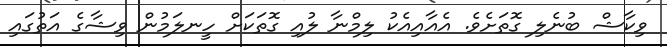
ވިކާޝް ބުނެލި ގޮތަށެވެ. އެއާއިއެކު ލިމްނާ ލުއި ގޮތަކަށް ހީނލަމުން ވިޝާގެ އަތުގައި